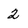
Character: 2